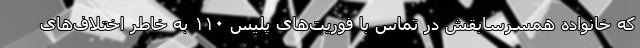
که خانواده همسرسابقش در تماس با فوریت‌های پلیس ۱۱۰ به خاطر اختلاف‌های